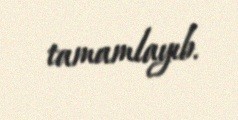
tamamlayıb.